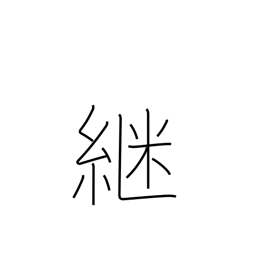
Meaning: continue